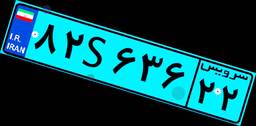
۵۳S۶۵۲۹۴